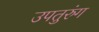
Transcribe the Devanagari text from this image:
उपतुरुंग